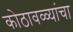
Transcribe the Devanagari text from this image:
कोठावळ्यांचा